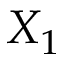
X _ { 1 }